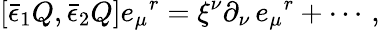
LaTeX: {}[\bar{\epsilon}_{1}Q,\bar{\epsilon}_{2}Q]e_{\mu}{}^{r}=\xi^{\nu}\partial_{\nu}\, e_{\mu}{}^{r}+\cdots\, ,